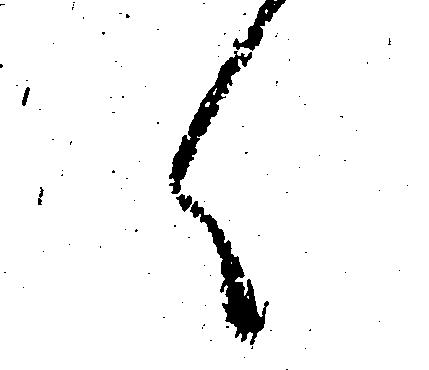
く